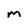
Character: m